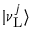
| \nu _ { \mathrm { L } } ^ { j } \rangle